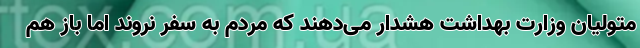
متولیان وزارت بهداشت هشدار می‌دهند که مردم به سفر نروند اما باز هم